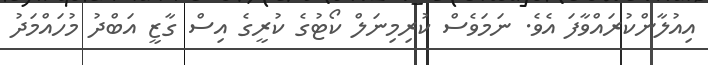
އިއުލާންކުރައްވާފަ އެވެ. ނަމަވެސް ކުރިމިނަލް ކޯޓުގެ ކުރީގެ އިސް ގާޒީ އަބްދު މުހައްމަދު